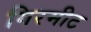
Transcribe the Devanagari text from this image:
गिरमीट